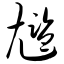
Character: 尴